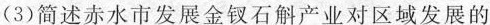
(3)简述赤水市发展金钗石斛产业对区域发展的